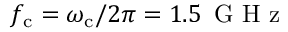
f _ { \mathrm { c } } = \omega _ { \mathrm { c } } / 2 \pi = 1 . 5 \, \mathrm { ~ G ~ H ~ z ~ }